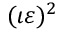
( \iota \varepsilon ) ^ { 2 }